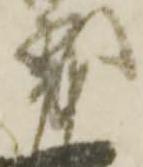
茂